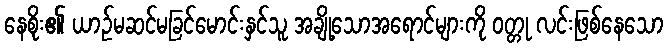
နေစိုး၏ ယာဉ်မဆင်မခြင်မောင်းနှင်သူ အချို့သောအရောင်များကို ဝတ္တု လင်းဖြစ်နေသော